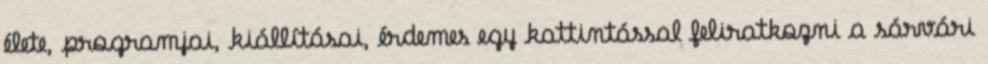
élete, programjai, kiállításai, érdemes egy kattintással feliratkozni a sárvári